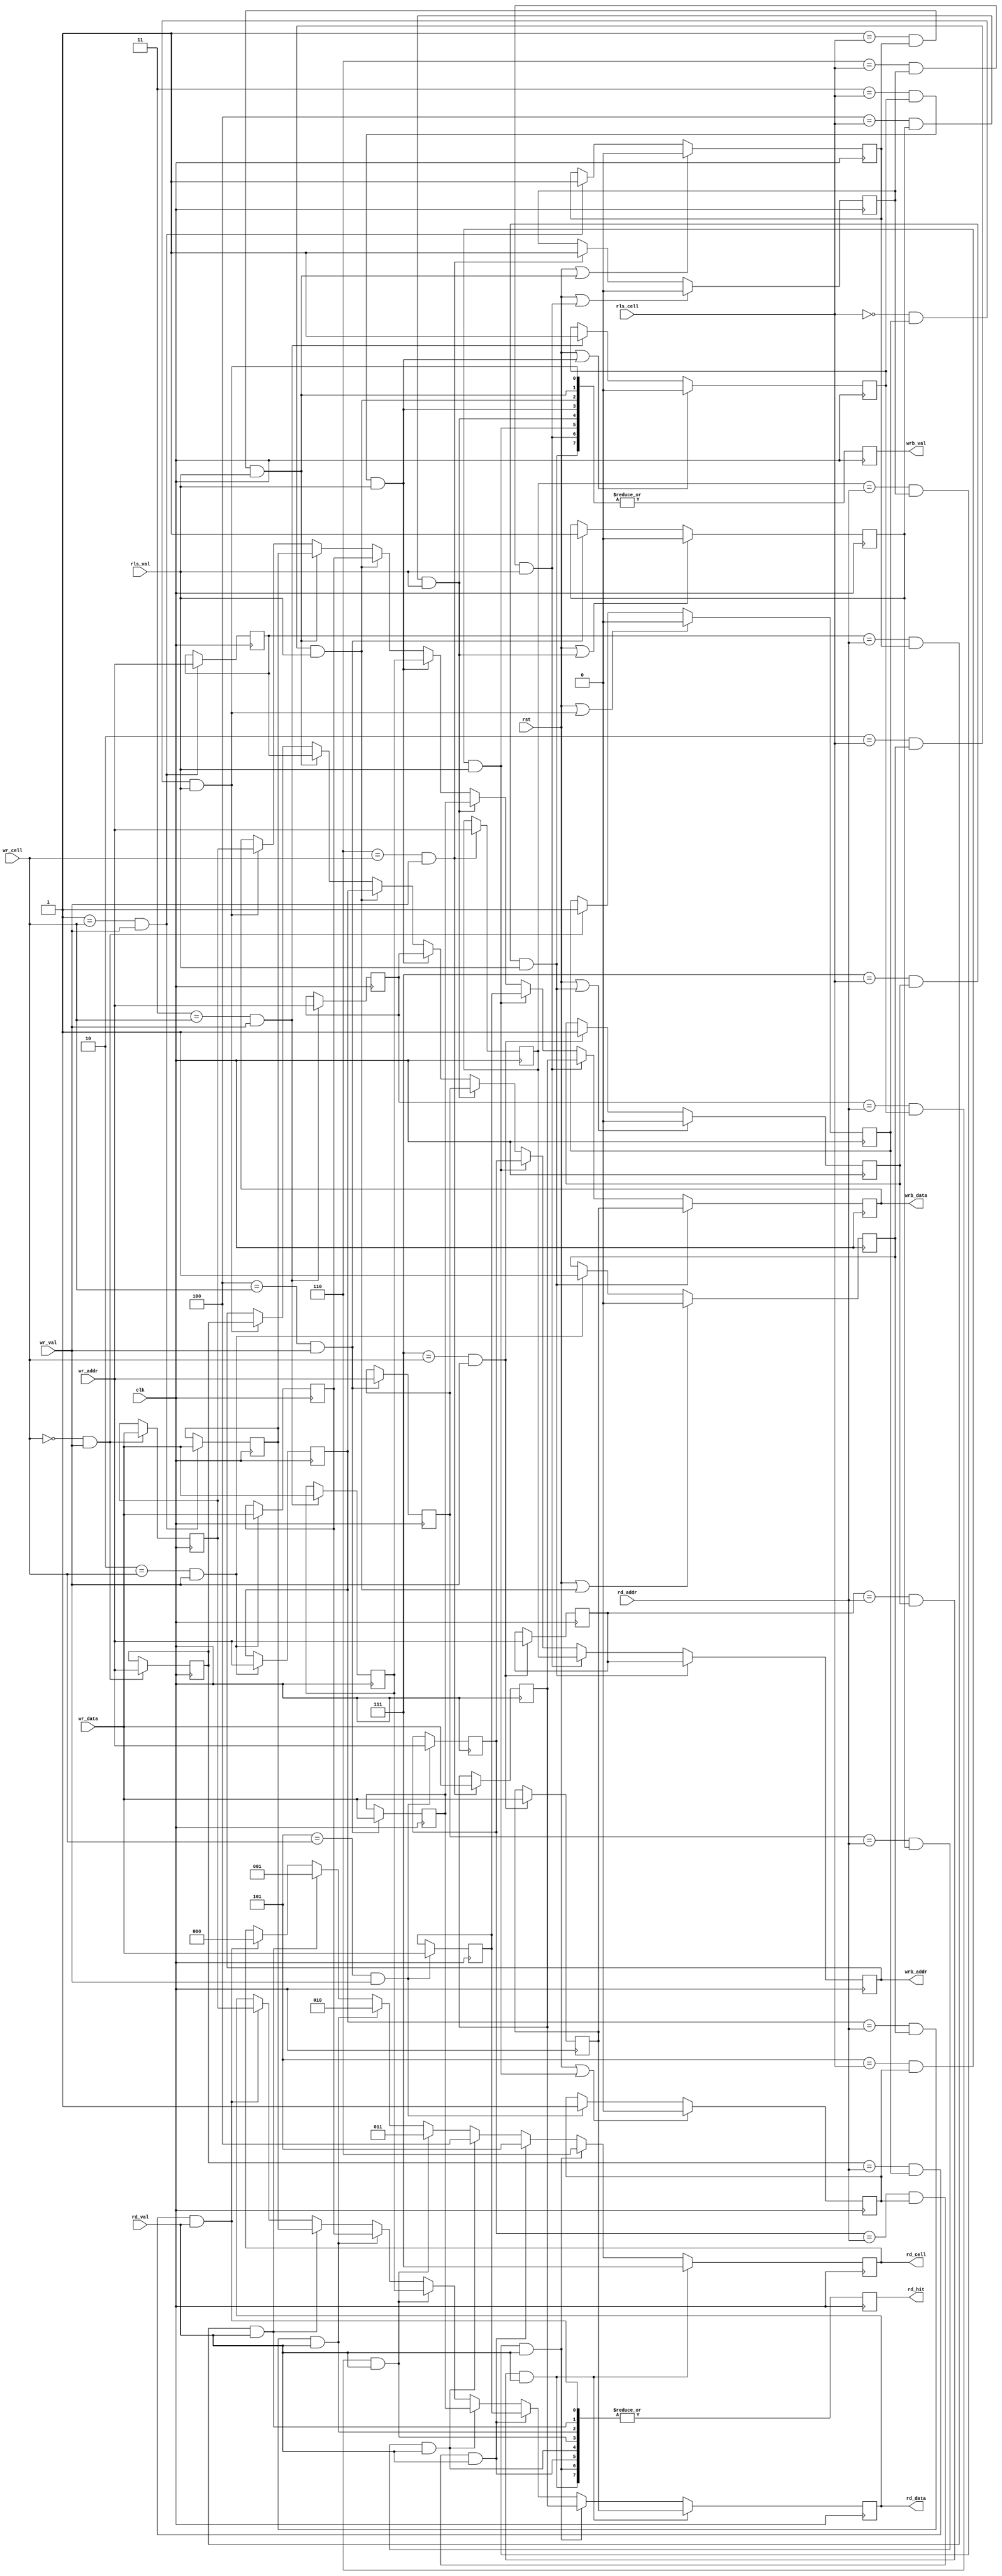
module buffer
#(
    parameter       WIDTH_ADDR  = 8,
                    WIDTH_ROW   = 8 * 64,
                    DEPTH       = 8,
                    DEPTH_PTR   = 3
)
(
    input       wire    clk,
    input       wire    rst,

    input       wire                            wr_val,
    input       wire    [WIDTH_ADDR - 1 : 0]    wr_addr,
    input       wire    [WIDTH_ROW  - 1 : 0]    wr_data,
    input       wire    [DEPTH_PTR  - 1 : 0]    wr_cell,

    input       wire                            rd_val,
    input       wire    [WIDTH_ADDR - 1 : 0]    rd_addr,
    output      reg     [WIDTH_ROW  - 1 : 0]    rd_data,
    output      reg                             rd_hit,
    output      reg     [DEPTH_PTR  - 1 : 0]    rd_cell,
    
    input       wire                            rls_val,
    input       wire    [DEPTH_PTR  - 1 : 0]    rls_cell,
    output      reg                             wrb_val,
    output      reg     [WIDTH_ADDR - 1 : 0]    wrb_addr,
    output      reg     [WIDTH_ROW  - 1 : 0]    wrb_data
);

genvar  i;

integer j;

reg     [WIDTH_ADDR - 1 : 0]    addr    [DEPTH - 1 : 0];
reg     [WIDTH_ROW  - 1 : 0]    row     [DEPTH - 1 : 0];
reg     [DEPTH      - 1 : 0]    val;

wire    [DEPTH      - 1 : 0]    hit;
wire    [DEPTH      - 1 : 0]    rls_hit;


generate
    for (i = 0; i < DEPTH; i = i + 1) begin: wr_row
        assign  hit[i]          = (addr[i] == rd_addr) & val[i] & rd_val;
        assign  rls_hit[i]      = (i == rls_cell) & val[i] & rls_val;
        
        always @(posedge clk)
            if (rst | rls_hit[i])  
                val[i]  <= 1'b0;
            else        
                val[i]  <= ((i == wr_cell) & wr_val) ? 1'b1 : val[i];
            
        always @(posedge clk) begin
            addr[i]     <= ((i == wr_cell) & wr_val) ? wr_addr : addr[i];
            row[i]      <= ((i == wr_cell) & wr_val) ? wr_data : row[i];
        end
    end
endgenerate

always @(posedge clk)
    rd_hit      <= |(hit);
    
always @(posedge clk)
    for (j = 0; j < DEPTH;  j = j + 1) 
        if (hit[j]) begin
            rd_cell     <= j[DEPTH_PTR - 1 : 0];
            rd_data     <= row[j];
        end

always @(posedge clk)
    wrb_val     <= |(rls_hit);
        
always @(posedge clk)
    for (j = 0; j < DEPTH; j = j + 1)
        if (rls_hit[j]) begin
            wrb_addr    <= addr[j];
            wrb_data    <= row[j];
        end
endmodule